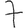
Digit: 7